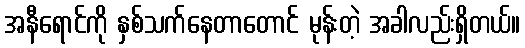
အနီရောင်ကို နှစ်သက်နေတာတောင် မုန်းတဲ့ အခါလည်းရှိတယ်။